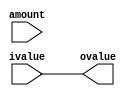
module LeftShift(
	ovalue,
	ivalue,
	amount
);
	parameter	LOGWORD=0;
	localparam	WORD=(1<<LOGWORD);
	output		reg			[WORD-1:0]								ovalue;	
	input					[WORD-1:0]								ivalue;	
	input					[LOGWORD-1:0]							amount;	
				reg			[WORD-1:0]								rank	[LOGWORD+1-1:0];	
	always @(*) begin
		rank[LOGWORD]	<=	ivalue;
	end
	genvar i;
	genvar j;
	generate
		for(i=0; i<LOGWORD; i=i+1) begin : i_left_shift		
			always @(*) begin
				if(amount[i]) begin
					rank[i]	<=	rank[i+1][WORD-1-(1<<i):0] << (1<<i);
				end
				else begin
					rank[i]	<=	rank[i+1];
				end
			end
		end
	endgenerate
	always @(*) begin
		ovalue	<=	rank[0];
	end
endmodule